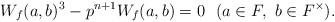
LaTeX: \begin{align*} W_f (a, b) ^3 - p^{n + 1} W_f (a, b) = 0 \ \ (a \in F, \ b \in F^{\times}). \end{align*}